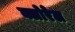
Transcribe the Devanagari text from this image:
क्लोरेल